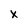
Character: X